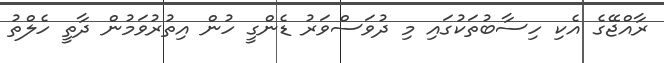
ރާއްޖޭގެ އެކި ހިސާބުތަކުގައި މި ދުވަސްވަރު ޑެންގީ ހުން އިތުރުވަމުން ދާތީ ހެލްތު